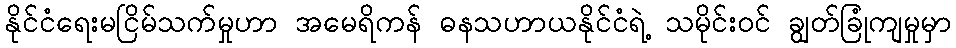
နိုင်ငံရေးမငြိမ်သက်မှုဟာ အမေရိကန် ဓနသဟာယနိုင်ငံရဲ့ သမိုင်းဝင် ချွတ်ခြုံကျမှုမှာ